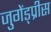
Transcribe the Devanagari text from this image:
जुगेंड्प्रीस